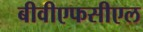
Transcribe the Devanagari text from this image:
बीवीएफसीएल